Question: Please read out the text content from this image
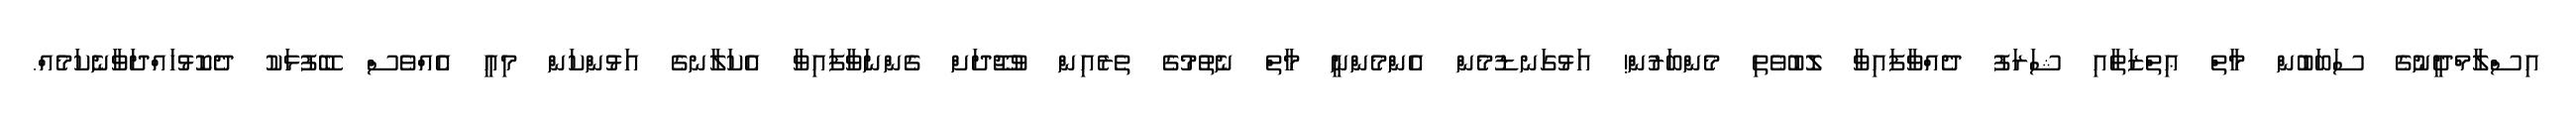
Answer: އިސްލާމްދީނުގެ ސަބަބުން މާތް ޢިތްޒަތާއި ޝަރަފު ދެއްވާފައިވާ ލޮބުވެތި މެންބަރުން! އަޅުގަނޑުމެން އެންމެންނީ މާތް ނެތުމުގެ ތެރެއިން ވުޖޫދަށް ގެންނަވާފައިވާ އެކަލާނގެ އަޅުންކަން މިއީ އެއްވެސް ބޭފުޅަކު ދެކޮޅުހައްދަވާނެކަމެއް.